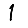
Digit: 1